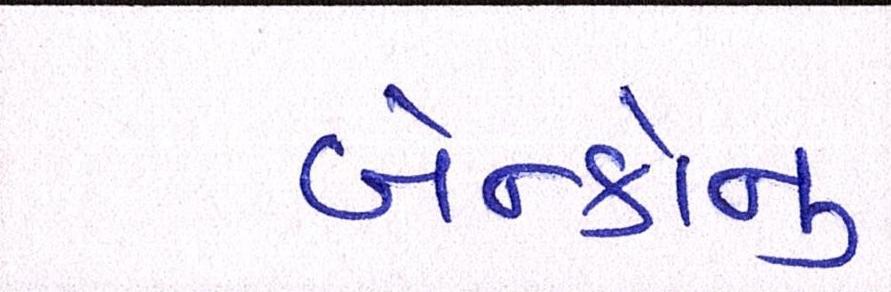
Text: બેન્કોનું